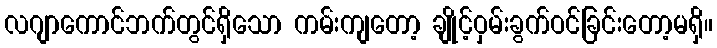
လဂျာကောင်ဘက်တွင်ရှိသော ကမ်းကျတော့ ချိုင့်ဝှမ်းခွက်ဝင်ခြင်းတော့မရှိ။